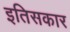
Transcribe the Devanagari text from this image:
इतिसकार